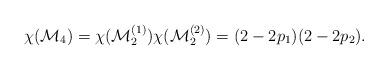
LaTeX: \begin{align*}\chi ({\cal M}_{4}) = \chi ({\cal M}^{(1)}_{2})\chi ({\cal M}^{(2)}_{2})=(2 - 2 p_{1})(2 - 2p_{2}).\end{align*}